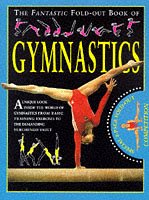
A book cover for Fantastic Fold Out Book of Gymnastics; Lloyd Redhead; Children's Books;